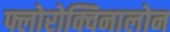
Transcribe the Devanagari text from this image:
फ्लोरोक्विनालोन